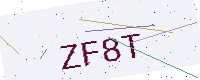
Text: ZF8T